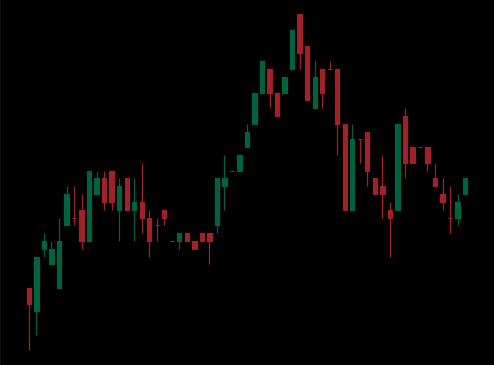
Pattern: head_shoulders